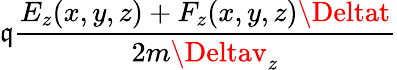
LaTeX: \mathfrak{q}\frac{{E_{z}(x,y,z)+F_{z}(x,y,z)\Deltat}}{{2m\Deltav_{z}}}